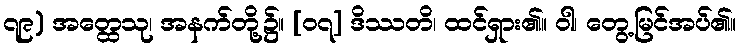
၇၉) အတ္ထေသု၊ အနက်တို့၌။ [၀၇] ဒိဿတိ၊ ထင်ရှား၏။ ဝါ၊ တွေ့မြင်အပ်၏။